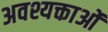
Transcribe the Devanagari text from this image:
अवश्यक्ताओं